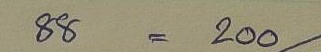
88 = 200